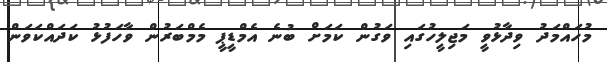
މުހައްމަދު ވިދާޅުވީ މަޖިލީހުގައި ވަގުން ކަމަށް ބުނެ އެމްޑީޕީ މެމްބަރުން ވާހަފުޅު ކަދައްކަވަން